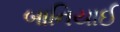
બાનિયાઈ